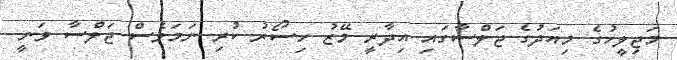
މަޖިލީހުގެ މިއަދުގެ ޖަލްސާގައި އިދާރީ މޭޒު ހިސޯރު ކުރި ނަމަވެސް ޖަލްސާ ވަނީ